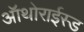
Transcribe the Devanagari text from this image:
ऑथोराईस्ड